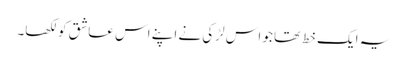
یہ ایک خط تھا جو اس لڑکی نے اپنے اس عاشق کو لکھا۔